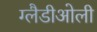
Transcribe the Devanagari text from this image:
ग्‍लैडीओली